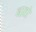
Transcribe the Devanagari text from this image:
नातो